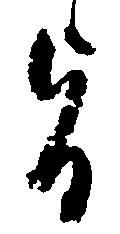
旨